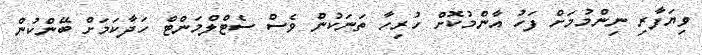
ވިޔަފާރި ނިންމުމަށް ފަހު އާންމުކޮށް ހުރިހާ ތަނަކުން ވެސް ސެޓްލްމަންޓް ހަދާކަމަށް ބޭންކުން